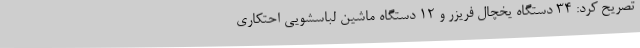
تصریح کرد: 34 دستگاه یخچال فریزر و 12 دستگاه ماشین لباسشویی احتکاری